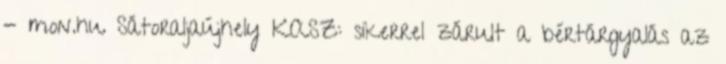
- mon.hu Sátoraljaújhely KASZ: sikerrel zárult a bértárgyalás az